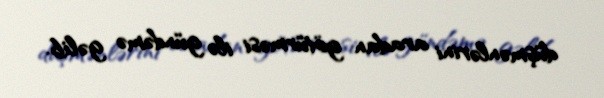
düşmənlərini aradan götürməsi ilə gündəmə gəlib.